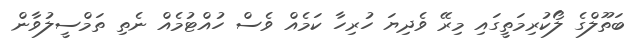
ބަތޫލްގެ ލޯކުރިމަތީގައި މިރޭ ވެދިޔަ ހުރިހާ ކަމެއް ވެސް ހުއްޓުމެއް ނެތި ތަމްސީލުވާން